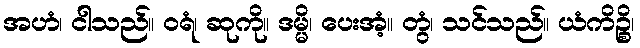
အဟံ၊ ငါသည်။ ဝရံ၊ ဆုကို။ ဒမ္မိ၊ ပေးအံ့။ တွံ၊ သင်သည်။ ယံကိဉ္စိ၊